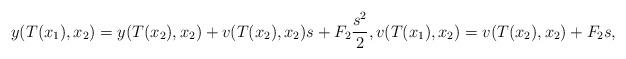
LaTeX: \begin{align*}y(T(x_{1}),x_{2})=y(T(x_{2}),x_{2})+v(T(x_{2}),x_{2})s+F_{2}\frac{s^{2}}{2},v(T(x_{1}),x_{2})=v(T(x_{2}),x_{2})+F_{2}s,\ \end{align*}